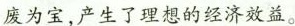
废为宝，产生了理想的经济效益。